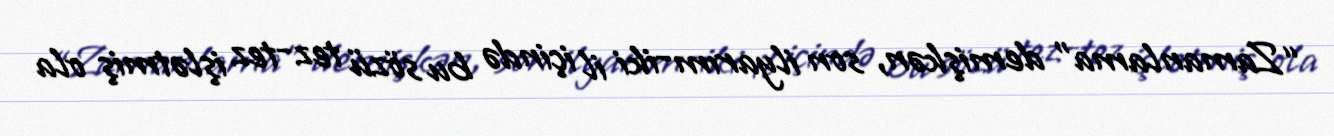
“Zamanlama” demişkən, son ilyarım-iki il içində bu sözü tez-tez işlətmiş ola